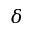
\delta